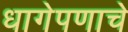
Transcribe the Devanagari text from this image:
धागेपणाचे